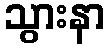
သွားနာ